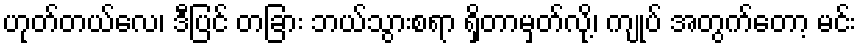
ဟုတ်တယ်လေ၊ ဒီပြင် တခြား ဘယ်သွားစရာ ရှိတာမှတ်လို့၊ ကျုပ် အတွက်တော့ မင်း